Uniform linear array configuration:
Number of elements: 24
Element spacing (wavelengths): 1
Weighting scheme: hamming
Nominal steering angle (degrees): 45
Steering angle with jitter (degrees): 46.391
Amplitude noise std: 0.05
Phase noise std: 0.05

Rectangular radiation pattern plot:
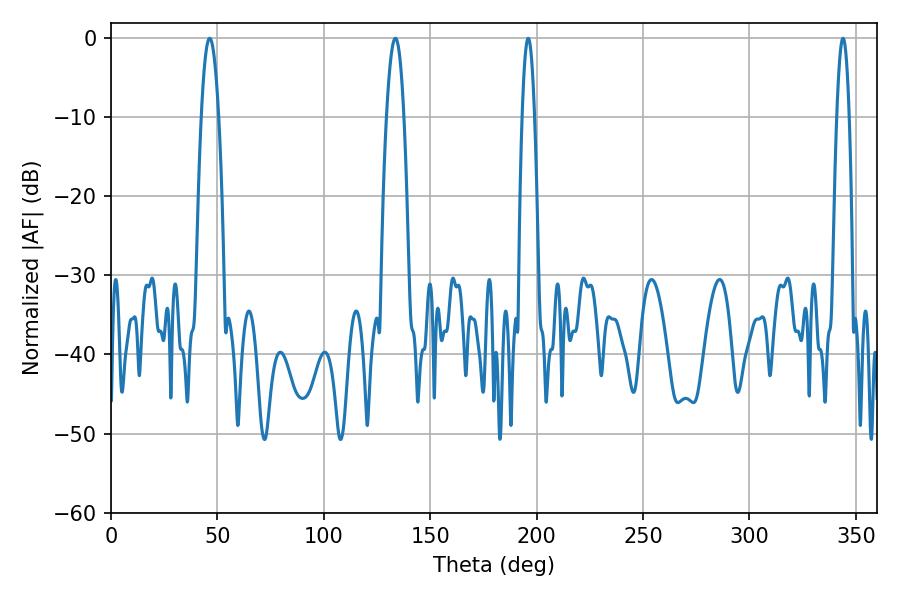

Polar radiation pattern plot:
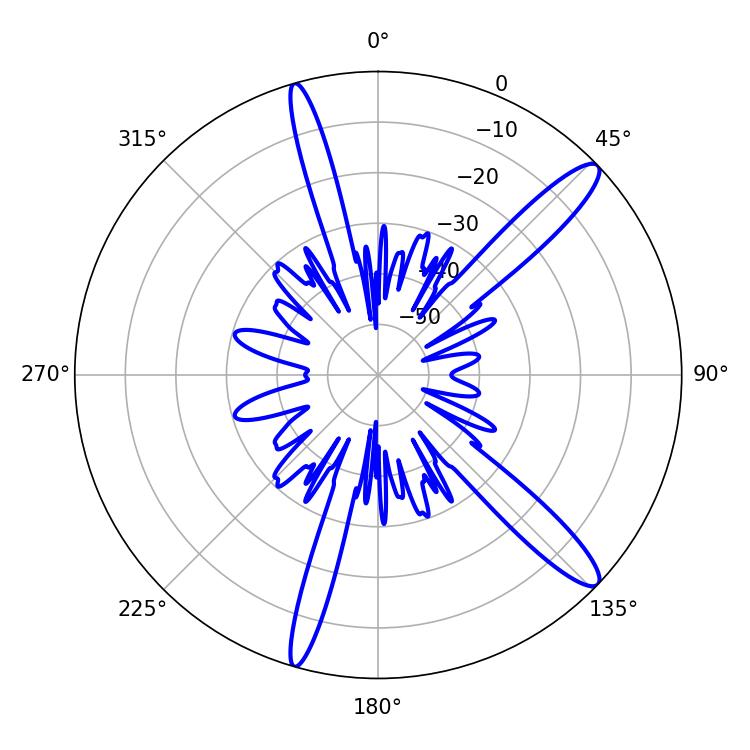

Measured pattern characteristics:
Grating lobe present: TRUE
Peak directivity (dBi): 13.504
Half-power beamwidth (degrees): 3.24
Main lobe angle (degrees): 196.02